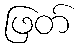
ဖြတ်